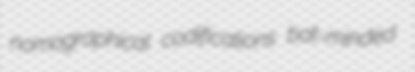
nomographical codifications bat-minded